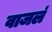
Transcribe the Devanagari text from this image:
वाजलं